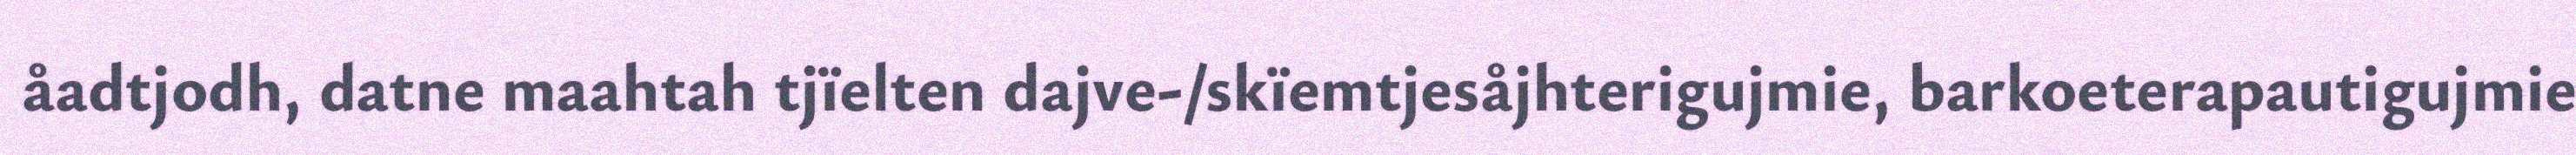
åadtjodh, datne maahtah tjïelten dajve-/skïemtjesåjhterigujmie, barkoeterapautigujmie